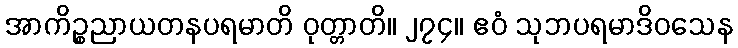
အာကိဉ္စညာယတနပရမာတိ ဝုတ္တာတိ။ ၂၇၄။ ဧဝံ သုဘပရမာဒိဝသေန